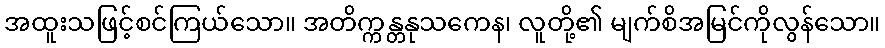
အထူးသဖြင့်စင်ကြယ်သော။ အတိက္ကန္တနုသကေန၊ လူတို့၏ မျက်စိအမြင်ကိုလွန်သော။